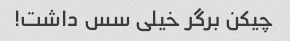
چیکن برگر خیلی سس داشت!